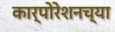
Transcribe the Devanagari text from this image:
कार्पोरेशनच्या